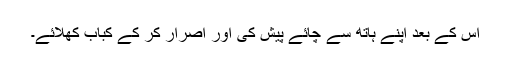
اس کے بعد اپنے ہاتھ سے چائے پیش کی اور اصرار کر کے کباب کھلائے۔